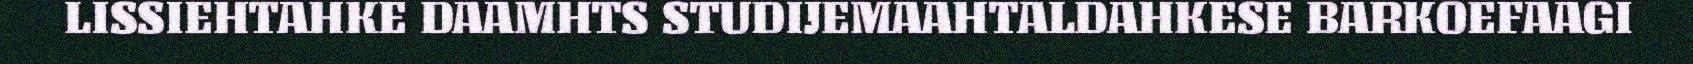
LISSIEHTAHKE DAAMHTS STUDIJEMAAHTALDAHKESE BARKOEFAAGI